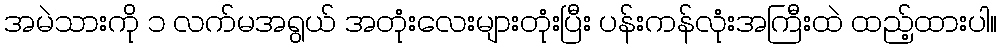
အမဲသားကို ၁ လက်မအရွယ် အတုံးလေးများတုံးပြီး ပန်းကန်လုံးအကြီးထဲ ထည့်ထားပါ။